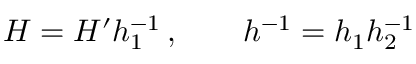
H = H ^ { \prime } h _ { 1 } ^ { - 1 } \, , \qquad h ^ { - 1 } = h _ { 1 } h _ { 2 } ^ { - 1 }